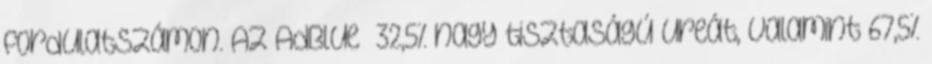
fordulatszámon. Az AdBlue® 32,5% nagy tisztaságú ureát, valamint 67,5%